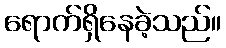
ရောက်ရှိနေခဲ့သည်။